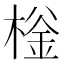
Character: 𰘌